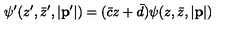
\psi ^ { \prime } ( z ^ { \prime } , \bar { z } ^ { \prime } , | { \bf p } ^ { \prime } | ) = ( \bar { c } z + \bar { d } ) \psi ( z , \bar { z } , | { \bf p } | )